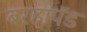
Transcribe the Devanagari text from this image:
बरहापॅड